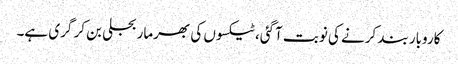
کاروبار بند کرنے کی نوبت آگئی، ٹیکسوں کی بھرمار بجلی بن کر گری ہے۔